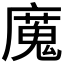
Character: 𫸄